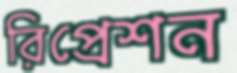
রিপ্রেশন